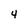
Character: 4